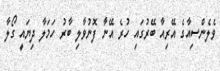
ވެލެންސިއާގެ އޭރިއާ ބޭރުގައި ހުރެ އޭނާ ފޮނުވާލި ބާރު ހަމަލާ ދިޔައީ ގޯލާ